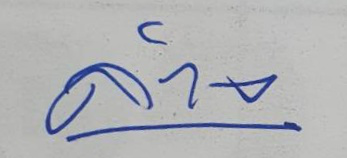
ล่าง